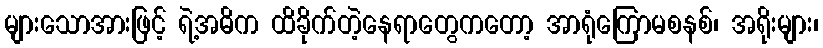
များသောအားဖြင့် ရဲ့အဓိက ထိခိုက်တဲ့နေရာတွေကတော့ အာရုံကြောမစနစ်၊ အရိုးများ၊